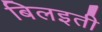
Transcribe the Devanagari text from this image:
बिलइती